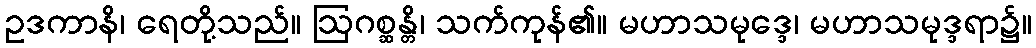
ဥဒကာနိ၊ ရေတို့သည်။ ဩဂစ္ဆန္တိ၊ သက်ကုန်၏။ မဟာသမုဒ္ဒေ၊ မဟာသမုဒ္ဒရာ၌။